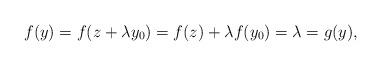
LaTeX: \begin{align*}f(y)=f(z+\lambda y_0)=f(z)+\lambda f(y_0)=\lambda=g(y),\end{align*}